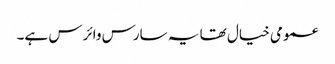
عمومی خیال تھا یہ سارس وائرس ہے۔